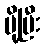
ပို့ပြီး